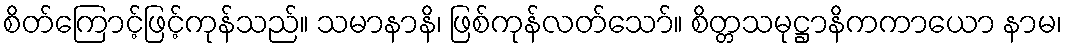
စိတ်ကြောင့်ဖြင့်ကုန်သည်။ သမာနာနိ၊ ဖြစ်ကုန်လတ်သော်။ စိတ္တသမုဋ္ဌာနိကကာယော နာမ၊